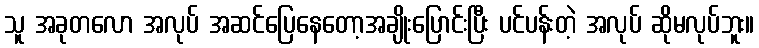
သူ အခုတလော အလုပ် အဆင်ပြေနေတော့အချိုးပြောင်းပြီး ပင်ပန်းတဲ့ အလုပ် ဆိုမလုပ်ဘူး။